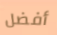
أفضل